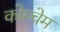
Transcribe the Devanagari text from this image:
कोम्चेम